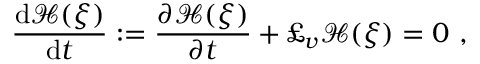
\frac { \mathrm { d } { \mathcal H } ( \xi ) } { \mathrm { d } t } : = \frac { \partial { \mathcal H } ( \xi ) } { \partial t } + \pounds _ { v } { \mathcal H } ( \xi ) = 0 \ ,